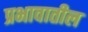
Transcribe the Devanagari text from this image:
प्रभावातील